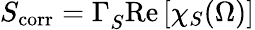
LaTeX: S_{\mathrm{corr}}=\Gamma_{S}^{}\mathrm{Re}\left[\chi_{S}(\Omega)\right]